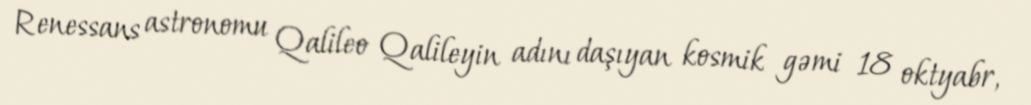
Renessans astronomu Qalileo Qalileyin adını daşıyan kosmik gəmi 18 oktyabr,